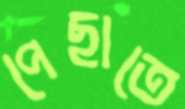
পেছাতে